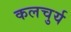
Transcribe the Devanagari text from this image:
कलचुर्य